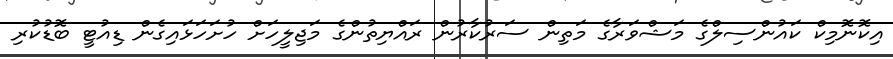
އިކޮނޮމިކް ކައުންސިލްގެ މަޝްވަރާގެ މަތިން ސަރުކާރުން ރައްޔިތުންގެ މަޖިލީހަށް ހުށަހަޅައިގެން ޑިއުޓީ ބޮޑުކުރި